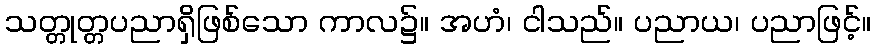
သတ္တုတ္တပညာရှိဖြစ်သော ကာလ၌။ အဟံ၊ ငါသည်။ ပညာယ၊ ပညာဖြင့်။